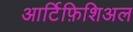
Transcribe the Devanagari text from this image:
आर्टिफ़िशिअल